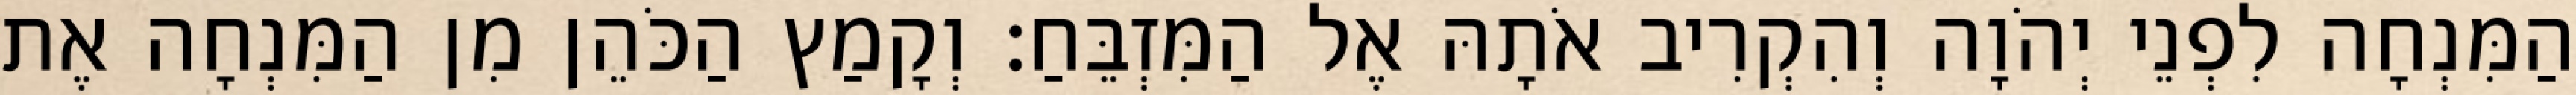
הַמִּנְחָה לִפְנֵי יְהֹוָה וְהִקְרִיב אֹתָהּ אֶל הַמִּזְבֵּחַ׃ וְקָמַץ הַכֹּהֵן מִן הַמִּנְחָה אֶת